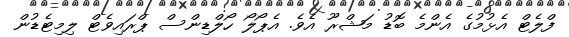
ފްލެޓް އެޅުމުގެ އެންމެ ބޮޑު މަޝްރޫ އެވެ. އެޕޯލޯ ހޯލްޑިންސް ޕްރައިވެޓް ލިމިޓެޑުން